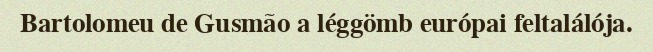
Bartolomeu de Gusmão a léggömb európai feltalálója.